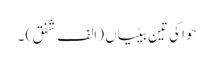
حوا کی تین بیٹیاں (الف شفق ) ۔